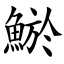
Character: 鯲